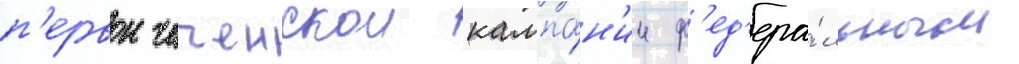
п'ервои чеченскои кампа́н'ии ф'ед'ера́льным